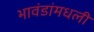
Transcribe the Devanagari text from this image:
भावंडांमधली